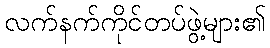
လက်နက်ကိုင်တပ်ဖွဲ့များ၏